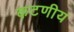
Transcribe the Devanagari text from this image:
कटणीय